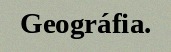
Geográfia.